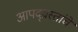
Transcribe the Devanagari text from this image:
आपद्ग्रस्तांचे